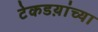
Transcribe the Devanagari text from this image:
टेकडय़ांच्या